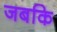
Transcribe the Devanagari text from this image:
जबकि